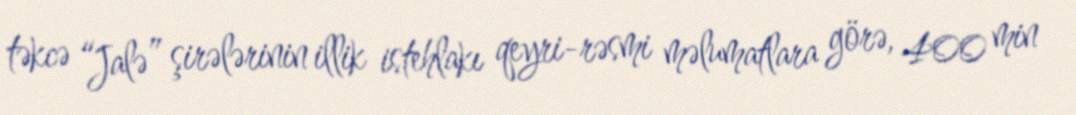
təkcə “Jalə” şirələrinin illik istehlakı qeyri-rəsmi məlumatlara görə, 400 min